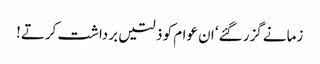
زمانے گزر گئے‘ ان عوام کو ذلتیں برداشت کرتے!